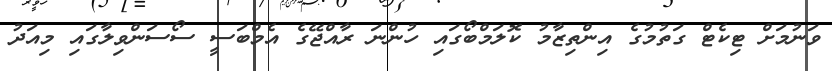
ވަނުމަށް ޓިކެޓް ގަތުމުގެ އިންތިޒާމު ކޮލަމްބޯގައި ހުންނަ ރާއްޖޭގެ އެމްބަސީ ސޯސަންވިލާގައި މިއަދު